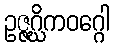
ဥဇ္ဇဂ္ဃိကဝဂ္ဂေါ